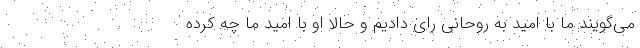
می‌گویند ما با امید به روحانی رای دادیم و حالا او با امید ما چه کرده